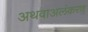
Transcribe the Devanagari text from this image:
अथवाअलंकरण